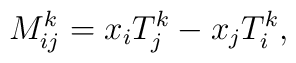
M_{ij}^{ k}=x_{i}T_{j}^{ k}-x_{j}T_{i}^{ k},